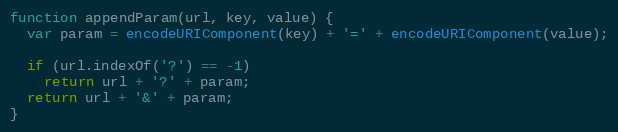
Language: JavaScript
function appendParam(url, key, value) {
  var param = encodeURIComponent(key) + '=' + encodeURIComponent(value);

  if (url.indexOf('?') == -1)
    return url + '?' + param;
  return url + '&' + param;
}